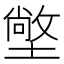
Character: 𭏭